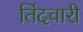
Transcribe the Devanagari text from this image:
तिंदवारी